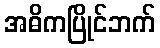
အဓိကပြိုင်ဘက်